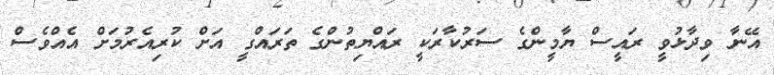
އޭނާ ވިދާޅުވީ ރައީސް ޔާމީންގެ ސަރުކާރަކީ ރައްޔިތުންގެ ތަރައްގީ އަށް ކުރިއެރުމަށް އެއްްވެސް